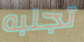
تجلبه